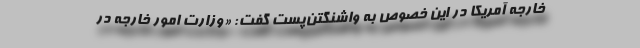
خارجه آمریکا در این خصوص به واشنگتن‌پست گفت: «وزارت امور خارجه در